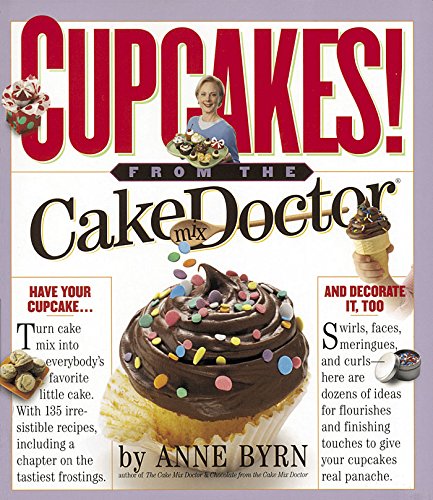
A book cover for Cupcakes!: From the Cake Mix Doctor; Anne Byrn; Cookbooks, Food & Wine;